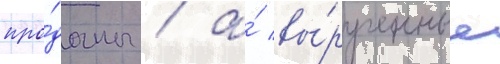
про́даны / а́ вы́рученные